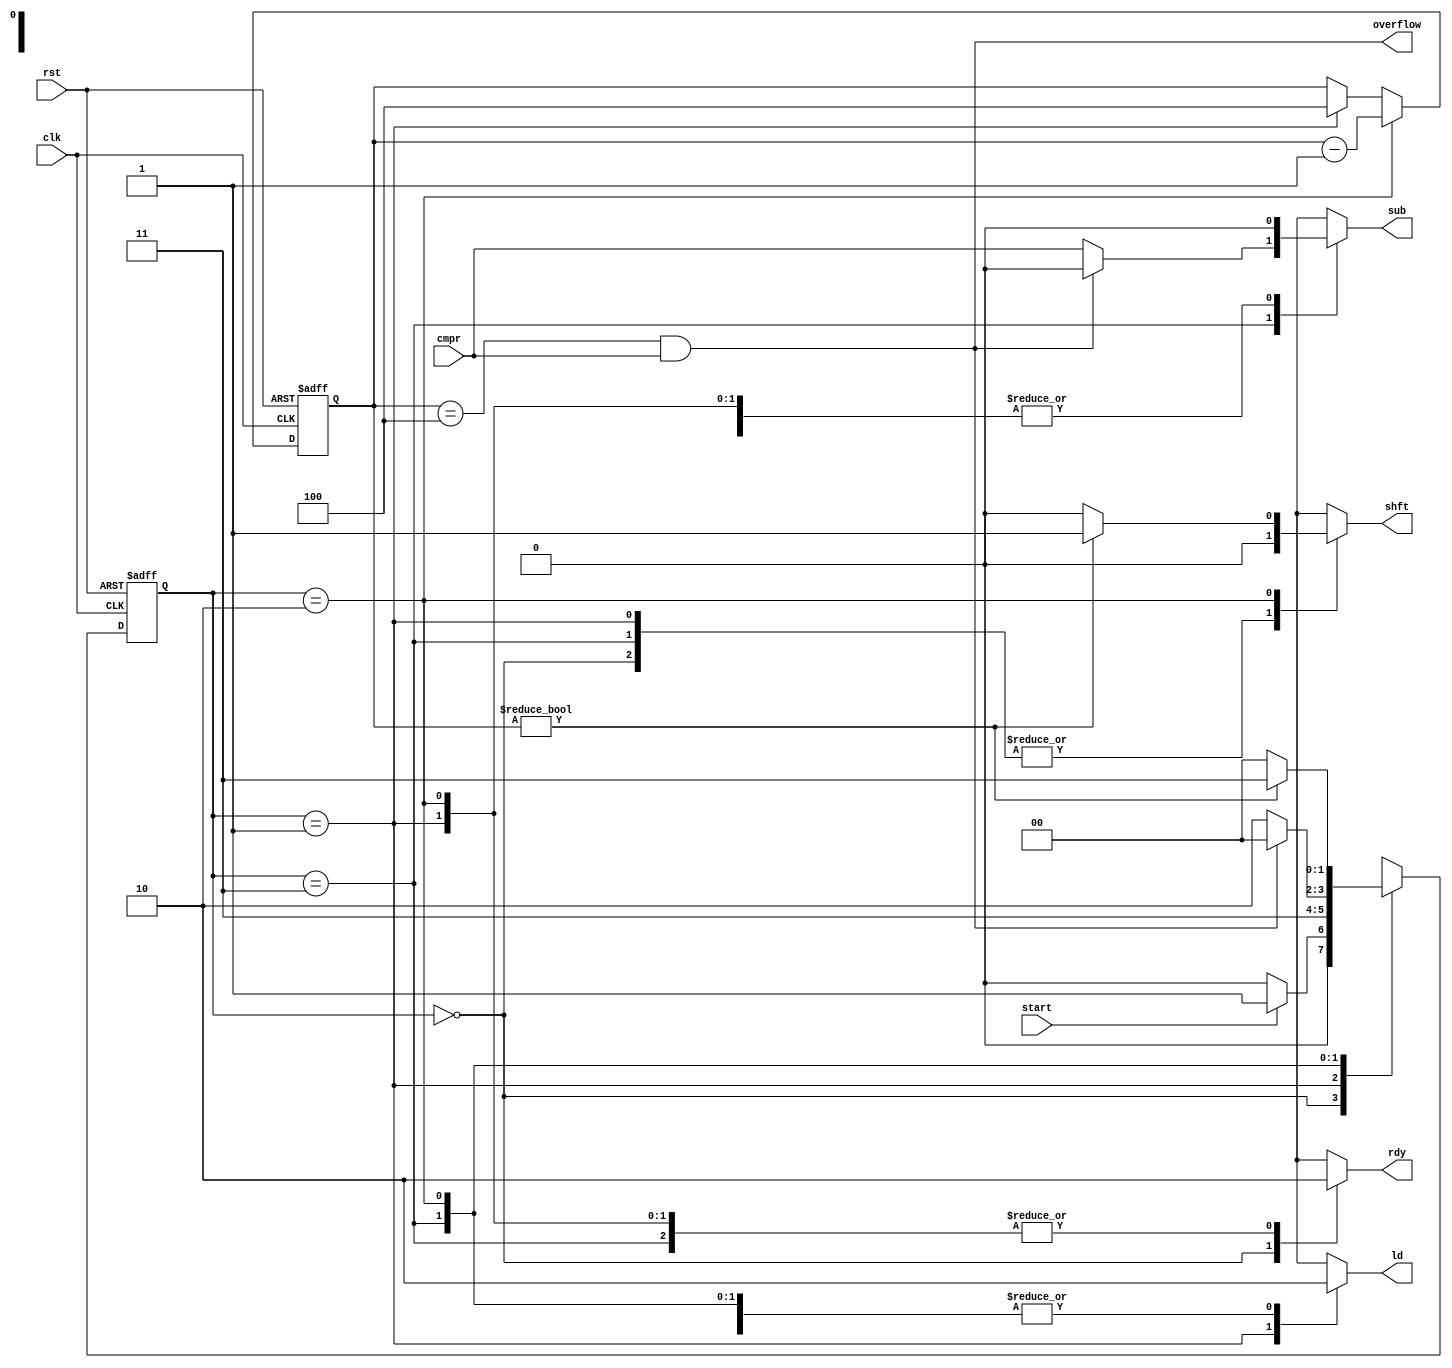
`timescale 1ns / 1ps

module ctrl #(parameter N = 4) (
	input  clk, rst, start, cmpr,
	output reg shft, ld, sub, rdy, output wire overflow
);
	function integer bits(input integer n);
		for(bits = 1; 2**bits < n; bits = bits + 1)
			begin end
	endfunction

	reg [1      :0] state;
	reg [1      :0] nx_state;
	reg [bits(N):0] pos;

	localparam RDY   = 2'd0,
	           LOAD  = 2'd1,
	           SHIFT = 2'd2,
	           SUB   = 2'd3;

	always @(posedge clk, posedge rst)
		if(rst) begin
			state <= RDY;
			pos   <= N;
		end else begin
			state <= nx_state;
			if(state == SHIFT)
				pos <= pos - 1'b1;
			else if(state == LOAD)
				pos <= N;
		end

	assign overflow = (pos == N && cmpr);

	always @* begin
		nx_state = state;
		ld       = 1'b0;
		rdy      = 1'b0;
		sub      = 1'b0;
		shft     = 1'b0;

		case(state)
		RDY: begin
			rdy      = 1'b1;
			nx_state = start ? LOAD : RDY;
		end
		LOAD: begin
			ld = 1'b1;
			nx_state = SUB;
		end
		SUB:
			if(pos == N && cmpr) begin
				nx_state = RDY;
				sub      = 0;
			end else begin
				nx_state = SHIFT;
				sub      = cmpr;
			end
		SHIFT: begin
			if(pos) begin
				nx_state = SUB;
				shft     = 1'b1;
			end else
				nx_state = RDY;
		end
		endcase
	end
endmodule